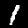
Digit: 1